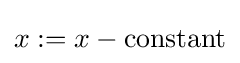
x:=x-{\text{constant}}